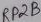
Text: RP2B